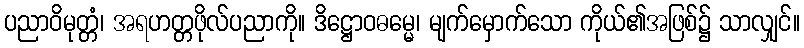
ပညာဝိမုတ္တံ၊ အရဟတ္တဖိုလ်ပညာကို။ ဒိဋ္ဌောဝဓမ္မေ၊ မျက်မှောက်သော ကိုယ်၏အဖြစ်၌ သာလျှင်။